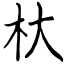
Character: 杕